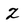
Character: Z